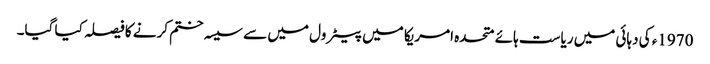
1970ء کی دہائی میں ریاست ہائے متحدہ امریکا میں پیٹرول میں سے سیسہ ختم کرنے کا فیصلہ کیا گیا۔